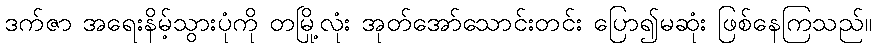
ဒက်ဇာ အရေးနိမ့်သွားပုံကို တမြို့လုံး အုတ်အော်သောင်းတင်း ပြော၍မဆုံး ဖြစ်နေကြသည်။